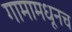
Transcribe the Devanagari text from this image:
गामामधूनच